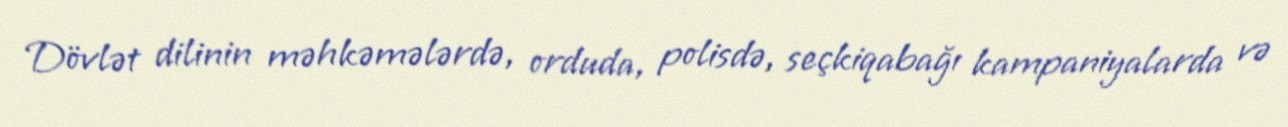
Dövlət dilinin məhkəmələrdə, orduda, polisdə, seçkiqabağı kampaniyalarda və